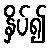
နှိပ်၍